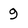
Character: 9